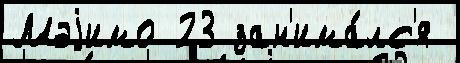
Мэjимо 23 зан'има́лс'я